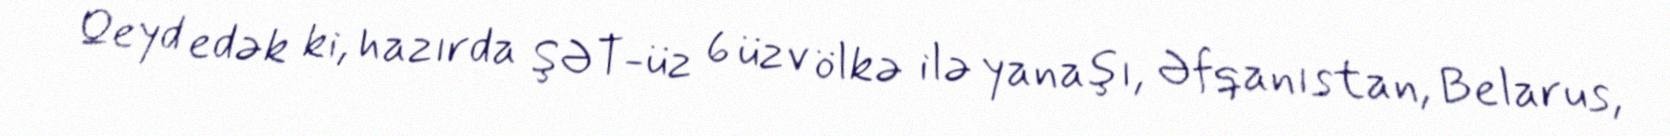
Qeyd edək ki, hazırda ŞƏT-üz 6 üzv ölkə ilə yanaşı, Əfqanıstan, Belarus,